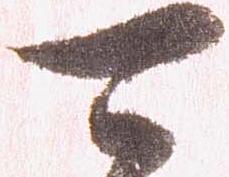
可